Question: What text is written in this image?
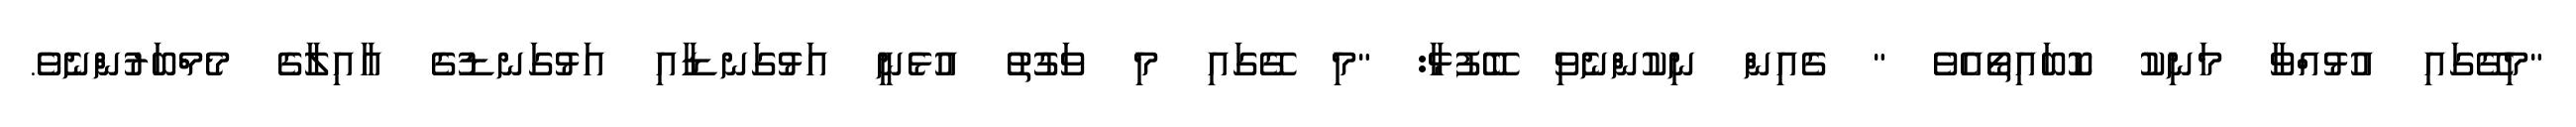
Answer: "މިގޭގައި އުޅުއްވާ މަނިކު ކޮބައިތޯއެވެ " ގެއިން ނިކުންނެވި ބޭފުޅާ: "މި ގޭގައި މި ވަގުތު އުޅެނީ އަޅުގަނޑާއި އަޅުގަނޑުގެ އާއިލާގެ މެމްބަރުންނެވެ.